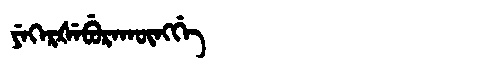
Manchu: ᠶᡝᡴᡝᡵᡧᡝᠪᡠᡵᠠᡴᡡᠩᡤᡝ
Romanization: YEKERŠEBURAKŪNGGE